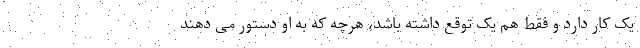
یک کار دارد و فقط هم یک توقع داشته باشد، هرچه که به او دستور می دهند